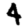
Digit: 4